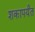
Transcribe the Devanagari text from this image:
शकापर्यंत